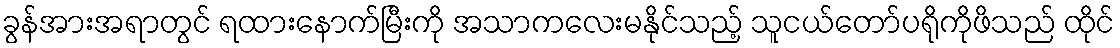
ခွန်အားအရာတွင် ရထားနောက်မြီးကို အသာကလေးမနိုင်သည့် သူငယ်တော်ပရိုကိုဖိသည် ထိုင်